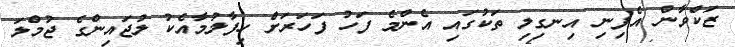
ޒަކްވާން އެފިނި އިނގިލި ތަކުގައި އެންމެ ފަހު ފަހަރަށް ހިފާލުމާއެކު ލުޖައިންގެ ޖުމްލަ